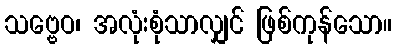
သဗ္ဗေဝ၊ အလုံးစုံသာလျှင် ဖြစ်ကုန်သော။